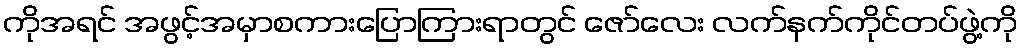
ကိုအရင် အဖွင့်အမှာစကားပြောကြားရာတွင် ဇော်လေး လက်နက်ကိုင်တပ်ဖွဲ့ကို